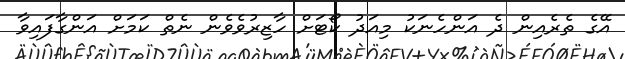
އޭގެ ތެރެއިން ދެ އަންހެނަކު މިއަދު ކޯޓަށް ހާޒިރުވެވެން ނެތް ކަމަށް އަންގާފައިވާ